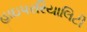
હાઇપરરિયાલિટી